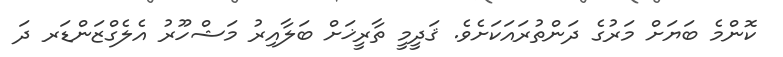
ކޮންމެ ބަޔަށް މަރުގެ ދަންތުރައަކަށެވެ. ޤަދީމީ ތާރީޚަށް ބަލާއިރު މަޝްހޫރު އެލެގްޒަންޑަރ ދަ